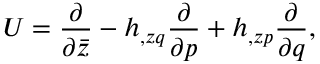
{ \cal U } = { \frac { \partial } { \partial \bar { z } } } - h _ { , z q } { \frac { \partial } { \partial p } } + h _ { , z p } { \frac { \partial } { \partial q } } ,